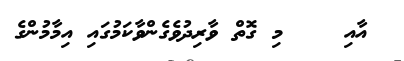
އާއި    މި ގޮތް ވާރިދުވެގެންވާކަމުގައި އިމާމުންގެ